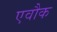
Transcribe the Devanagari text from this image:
एवौक